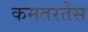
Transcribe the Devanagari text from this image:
कमतरतेस